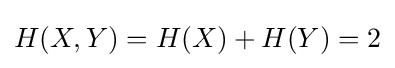
H(X,Y)=H(X)+H(Y)=2